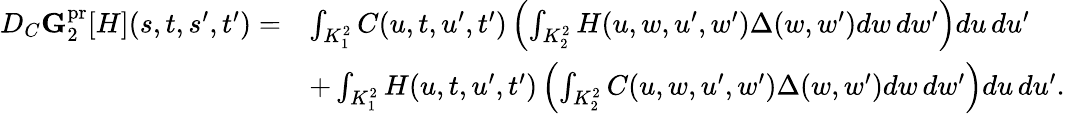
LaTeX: \begin{array}{rl}{D_{C}\mathbf{G}_{2}^{\mathrm{pr}}[H](s,t,s^{\prime},t^{\prime})=}&{\int_{K_{1}^{2}}C(u,t,u^{\prime},t^{\prime})\left(\int_{K_{2}^{2}}H(u,w,u^{\prime},w^{\prime})\Delta(w,w^{\prime})dw\, dw^{\prime}\right)du\, du^{\prime}}\\ &{+\int_{K_{1}^{2}}H(u,t,u^{\prime},t^{\prime})\left(\int_{K_{2}^{2}}C(u,w,u^{\prime},w^{\prime})\Delta(w,w^{\prime})dw\, dw^{\prime}\right)du\, du^{\prime}.}\end{array}